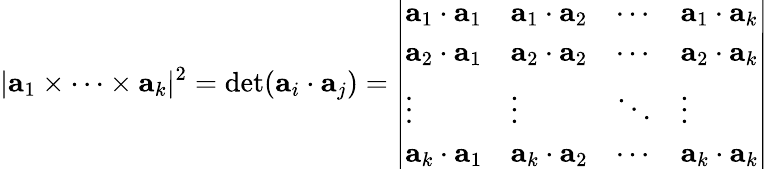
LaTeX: |\mathbf{a}_{1}\times\cdots\times\mathbf{a}_{k}|^{2}=\operatorname*{det}(\mathbf{a}_{i}\cdot\mathbf{a}_{j})={\left|\begin{array}{llll}{\mathbf{a}_{1}\cdot\mathbf{a}_{1}}&{\mathbf{a}_{1}\cdot\mathbf{a}_{2}}&{\cdots}&{\mathbf{a}_{1}\cdot\mathbf{a}_{k}}\\ {\mathbf{a}_{2}\cdot\mathbf{a}_{1}}&{\mathbf{a}_{2}\cdot\mathbf{a}_{2}}&{\cdots}&{\mathbf{a}_{2}\cdot\mathbf{a}_{k}}\\ {\vdots}&{\vdots}&{\ddots}&{\vdots}\\ {\mathbf{a}_{k}\cdot\mathbf{a}_{1}}&{\mathbf{a}_{k}\cdot\mathbf{a}_{2}}&{\cdots}&{\mathbf{a}_{k}\cdot\mathbf{a}_{k}}\end{array}\right|}